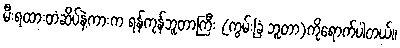
မီးရထားတံဆိပ်နဲ့ကားက ရန်ကုန်ဘူတာကြီး (ကွမ်းခြံ ဘူတာ)ကိုရောက်ပါတယ်။